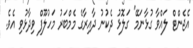
އެޖެންޓް ލައްވާ ގުޅާނަމޭ" ގަލޮޅު ދެކުނު ދާއިރާގެ މެމްބަރު މަހުލޫފް ވިދާޅުވި އެވެ.